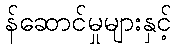
န်ဆောင်မှုများနှင့်